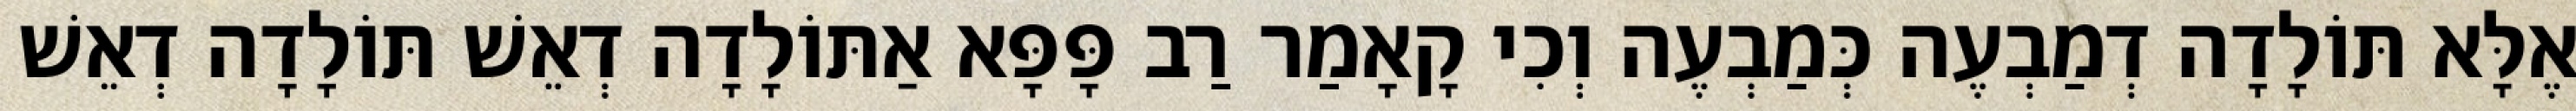
אֶלָּא תּוֹלָדָה דְמַבְעֶה כְּמַבְעֶה וְכִי קָאָמַר רַב פָּפָּא אַתּוֹלָדָה דְאֵשׁ תּוֹלָדָה דְאֵשׁ